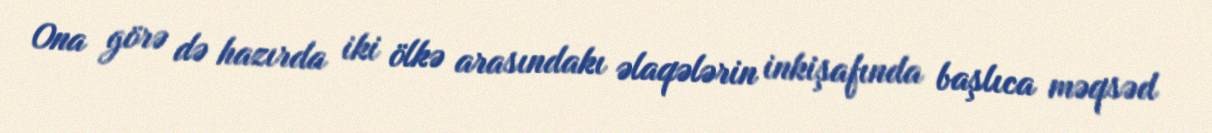
Ona görə də hazırda iki ölkə arasındakı əlaqələrin inkişafında başlıca məqsəd